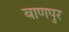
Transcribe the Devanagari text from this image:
बाणपुर